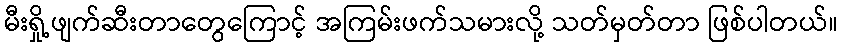
မီးရှို့ဖျက်ဆီးတာတွေကြောင့် အကြမ်းဖက်သမားလို့ သတ်မှတ်တာ ဖြစ်ပါတယ်။